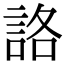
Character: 詻